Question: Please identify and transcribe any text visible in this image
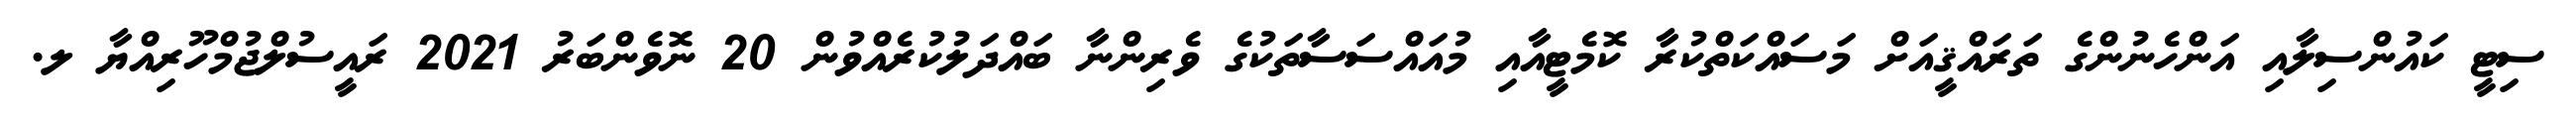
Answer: ސިޓީ ކައުންސިލާއި އަންހެނުންގެ ތަރައްޤީއަށް މަސައްކަތްކުރާ ކޮމެޓީއާއި މުއައްސަސާތަކުގެ ވެރިންނާ ބައްދަލުކުރެއްވުން 20 ނޮވެންބަރު 2021 ރައީސުލްޖުމްހޫރިއްޔާ ލ.